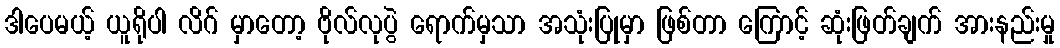
ဒါပေမယ့် ယူရိုပါ လိဂ် မှာတော့ ဗိုလ်လုပွဲ ရောက်မှသာ အသုံးပြုမှာ ဖြစ်တာ ကြောင့် ဆုံးဖြတ်ချက် အားနည်းမှု